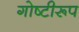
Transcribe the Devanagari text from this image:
गोष्टीरूप